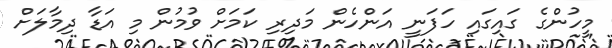
މީހުންގެ ގައިގައި ހަފަނީ އަންހެން މަދިރި ކަމަށް ވުމުން މި އަޑާ ދިމާލަށް